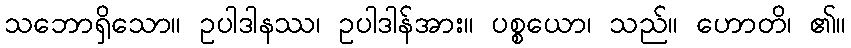
သဘောရှိသော။ ဥပါဒါနဿ၊ ဥပါဒါန်အား။ ပစ္စယော၊ သည်။ ဟောတိ၊ ၏။